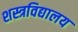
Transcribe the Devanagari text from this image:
शस्त्रविद्यालय